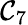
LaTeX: \mathcal{C}_{7}